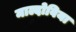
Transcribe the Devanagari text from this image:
माल्दोविया